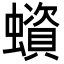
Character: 蠀